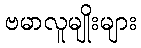
ဗမာလူမျိုးများ